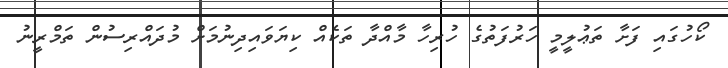
ކޯހުގައި ފަށާ ތަޢުލީމީ ހަރުފަތުގެ ހުރިހާ މާއްދާ ތަކެއް ކިޔަވައިދިނުމަށް މުދައްރިސުން ތަމްރީނު